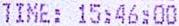
TIME: 15:46:00